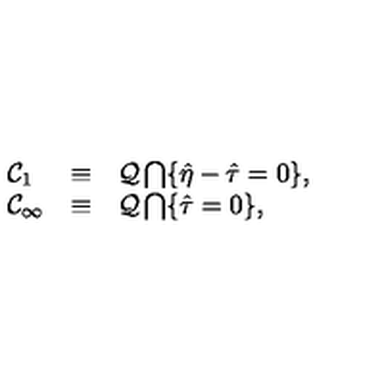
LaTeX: \begin{array} { l c l } { { \cal C } _ { 1 } } & { \equiv } & { { \cal Q } \bigcap \{ \hat { \eta } - \hat { \tau } = 0 \} , } \\ { { \cal C } _ { \infty } } & { \equiv } & { { \cal Q } \bigcap \{ \hat { \tau } = 0 \} , } \\ \end{array}